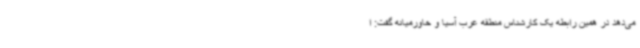
می‌دهد در همین رابطه یک کارشناس منطقه غرب آسیا و خاورمیانه گفت: ا